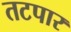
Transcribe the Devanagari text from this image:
तटपार